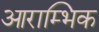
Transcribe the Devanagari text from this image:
आराम्भिक